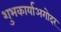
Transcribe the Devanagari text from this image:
शुभकार्याअगोदर